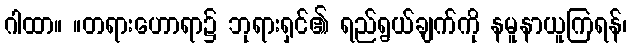
ဂါထာ။ ။တရားဟောရာ၌ ဘုရားရှင်၏ ရည်ရွယ်ချက်ကို နမူနာယူကြရန်၊